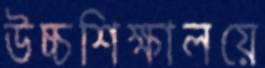
উচ্চশিক্ষালয়ে